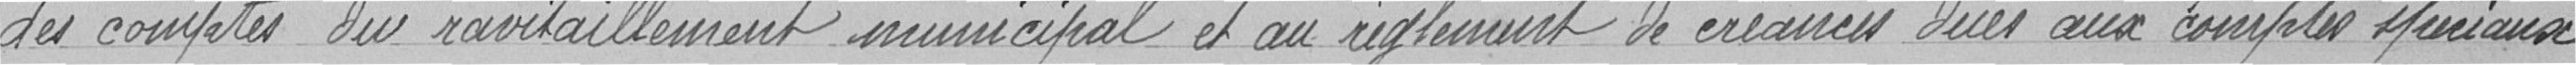
des comptes du ravitaillement municipal et au règlement de créances dues aux comptes spéciaux